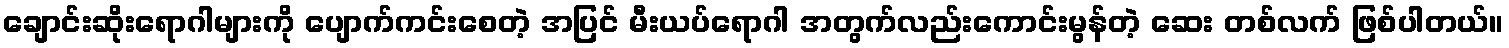
ချောင်းဆိုးရောဂါများကို ပျောက်ကင်းစေတဲ့ အပြင် မီးယပ်ရောဂါ အတွက်လည်းကောင်းမွန်တဲ့ ဆေး တစ်လက် ဖြစ်ပါတယ်။